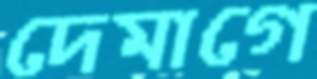
দেমাগে